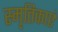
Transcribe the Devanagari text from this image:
स्मृतिकाएं